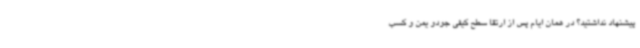
پیشنهاد نداشتید؟ در همان ایام پس از ارتقا سطح کیفی جودو یمن و کسب